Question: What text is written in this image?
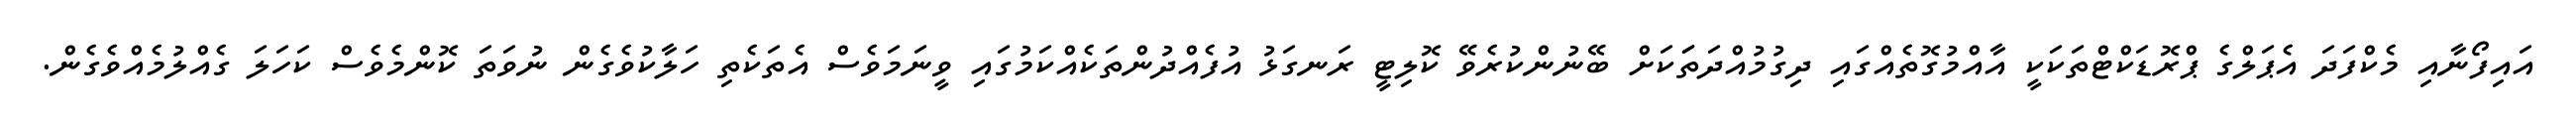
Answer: އައިފޯނާއި މެކްފަދަ އެޕަލްގެ ޕްރޮޑަކްޓްތަކަކީ އާއްމުގޮތެއްގައި ދިގުމުއްދަތަަކަށް ބޭނުންކުރެވޭ ކޮލިޓީ ރަނގަޅު އުފެއްދުންތަކެއްކަމުގައި ވީނަމަވެސް އެތަކެތި ހަލާކުވެގެން ނުވަތަ ކޮންމެވެސް ކަހަލަ ގެއްލުމެއްވެގެން.